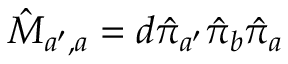
\hat { M } _ { a ^ { \prime } , a } = d \hat { \pi } _ { a ^ { \prime } } \hat { \pi } _ { b } \hat { \pi } _ { a }